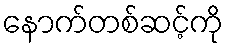
နောက်တစ်ဆင့်ကို